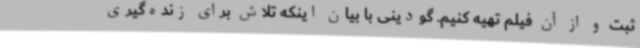
ثبت و از آن فیلم تهیه کنیم. گودینی با بیان اینکه تلاش برای زنده‌گیری